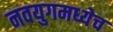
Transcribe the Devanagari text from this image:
नवयुगमध्येच